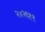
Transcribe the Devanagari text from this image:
२४२६११